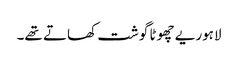
لاہوریے چھوٹا گوشت کھاتے تھے۔